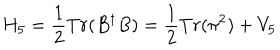
H _ { 5 } = \frac { 1 } { 2 } T r ( B ^ { \dagger } B ) = \frac { 1 } { 2 } T r ( \pi ^ { 2 } ) + V _ { 5 }